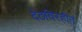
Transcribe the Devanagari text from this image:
देठविरहीत